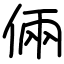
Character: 倆